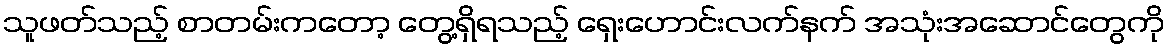
သူဖတ်သည့် စာတမ်းကတော့ တွေ့ရှိရသည့် ရှေးဟောင်းလက်နက် အသုံးအဆောင်တွေကို